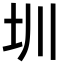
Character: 圳